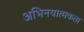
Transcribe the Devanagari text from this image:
अभिनयात्मकता